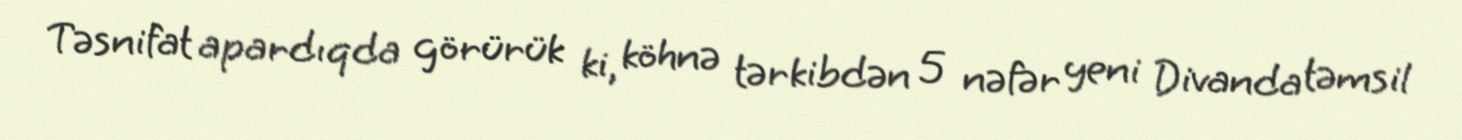
Təsnifat apardıqda görürük ki, köhnə tərkibdən 5 nəfər yeni Divanda təmsil